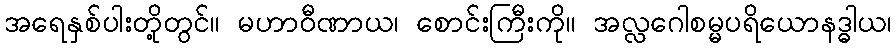
အရေနှစ်ပါးတို့တွင်။ မဟာဝီဏာယ၊ စောင်းကြီးကို။ အလ္လဂေါစမ္မပရိယောနဒ္ဓါယ၊